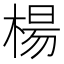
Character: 楊